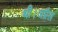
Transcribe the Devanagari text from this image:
थी।अप्रैल